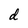
Character: d